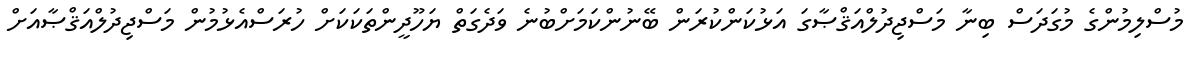
މުސްލިމުންގެ މުގަދަސް ބިނާ މަސްޖިދުލްއަޤްޞާގަ އަޅުކަންކުރަން ބޭނުންކަމަށްބުނެ ވަދެގަތް ޔަހޫދީންތަކަކަށް ހުރަސްއެޅުމުން މަސްޖިދުލްއަޤްޞާއަށް